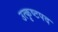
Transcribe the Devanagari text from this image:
उत्कृष्टपद